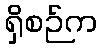
ရှိစဉ်က